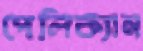
পেলিক্যান